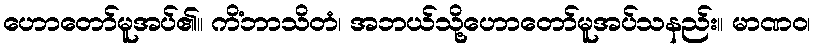
ဟောတော်မူအပ်၏။ ကိံဘာသိတံ၊ အဘယ်သို့ဟောတော်မူအပ်သနည်း။ မာဏဝ၊